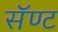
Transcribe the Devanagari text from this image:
सॅण्ट